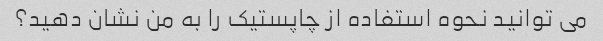
می توانید نحوه استفاده از چاپستیک را به من نشان دهید؟